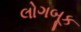
લોગબૂક